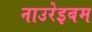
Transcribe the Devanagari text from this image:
नाउरेइबम